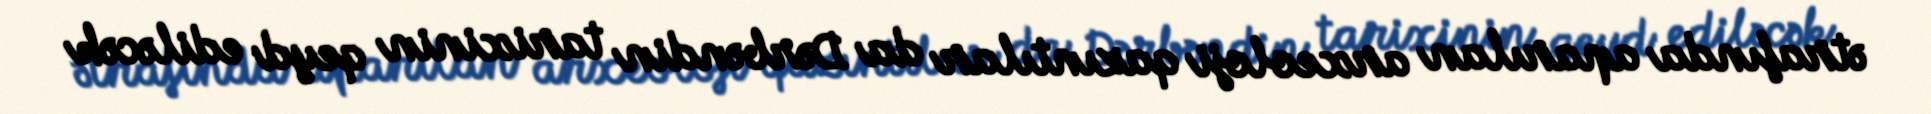
ətrafında aparılan arxeoloji qazıntılar da Dərbəndin tarixinin qeyd ediləcək